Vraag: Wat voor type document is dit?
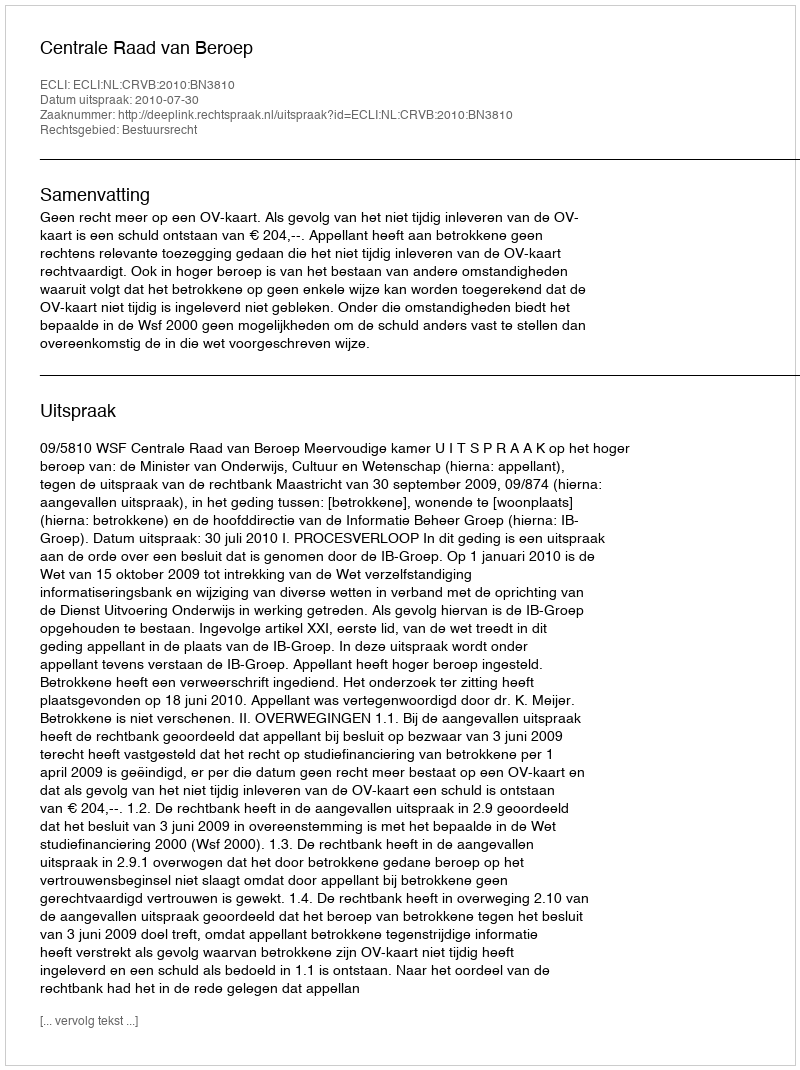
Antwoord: Uitspraak